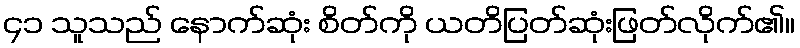
၄၁ သူသည် နောက်ဆုံး စိတ်ကို ယတိပြတ်ဆုံးဖြတ်လိုက်၏။